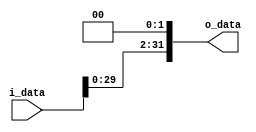
module shiftLeftBy2(i_data, o_data);
	
	input   [31:0]   i_data;
	output  [31:0]   o_data;
	
	assign o_data = i_data << 2;
  
endmodule